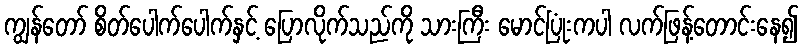
ကျွန်တော် စိတ်ပေါက်ပေါက်နှင့် ပြောလိုက်သည်ကို သားကြီး မောင်ပြုံးကပါ လက်ဖြန့်တောင်းနေ၍